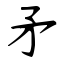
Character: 矛